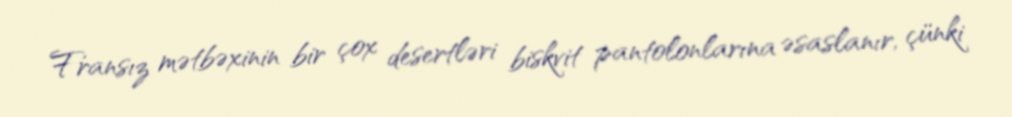
Fransız mətbəxinin bir çox desertləri biskvit pantolonlarına əsaslanır, çünki